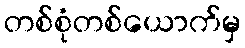
တစ်စုံတစ်ယောက်မှ